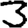
Digit: 3